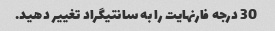
30 درجه فارنهایت را به سانتیگراد تغییر دهید.